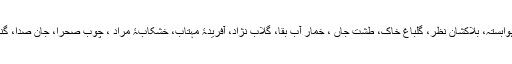
اس کی چند منفردو ممتازتراکیب میں سنگاب، خطۂ جاں، خلوتِ یخ، وقفِ زمستاں، دشتِ ہوابستہ، بلاکشانِ نظر، گلباغ خاک، طشتِ جاں ، خمارِ آبِ بقا، گلاب نژاد، آفریدۂ مہتاب، خشکابۂ مراد ، چوب صحرا، جانِ صدا، گنگ، ہنر، حرفِ جاں بار، سرِ گنگ زارِ ہوس، پندارِ عرض طلب اور دشتِ تپان وغیرہ ہیں۔